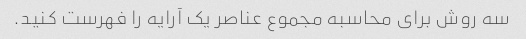
سه روش برای محاسبه مجموع عناصر یک آرایه را فهرست کنید.